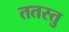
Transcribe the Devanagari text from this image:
ततस्तु